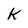
Character: K